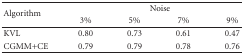
<table><thead><tr><td rowspan="2"><b>Algorithm</b></td><td colspan="4"><b>Noise</b></td></tr><tr><td><b>3%</b></td><td><b>5%</b></td><td><b>7%</b></td><td><b>9%</b></td></tr></thead><tbody><tr><td>KVL</td><td>0.80</td><td>0.73</td><td>0.61</td><td>0.47</td></tr><tr><td>CGMM+CE</td><td>0.79</td><td>0.79</td><td>0.78</td><td>0.76</td></tr></tbody></table>